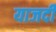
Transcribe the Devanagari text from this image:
याजदी